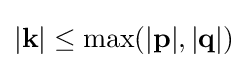
|\mathbf {k} |\leq \max(|\mathbf {p} |,|\mathbf {q} |)